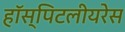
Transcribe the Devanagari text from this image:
हॉस्पिटलीयरेस